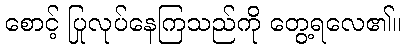
စောင့် ပြုလုပ်နေကြသည်ကို တွေ့ရလေ၏။